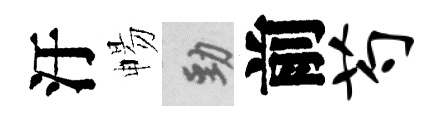
汙暢勁前芍